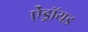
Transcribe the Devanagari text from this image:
ऐंड्रॉयड